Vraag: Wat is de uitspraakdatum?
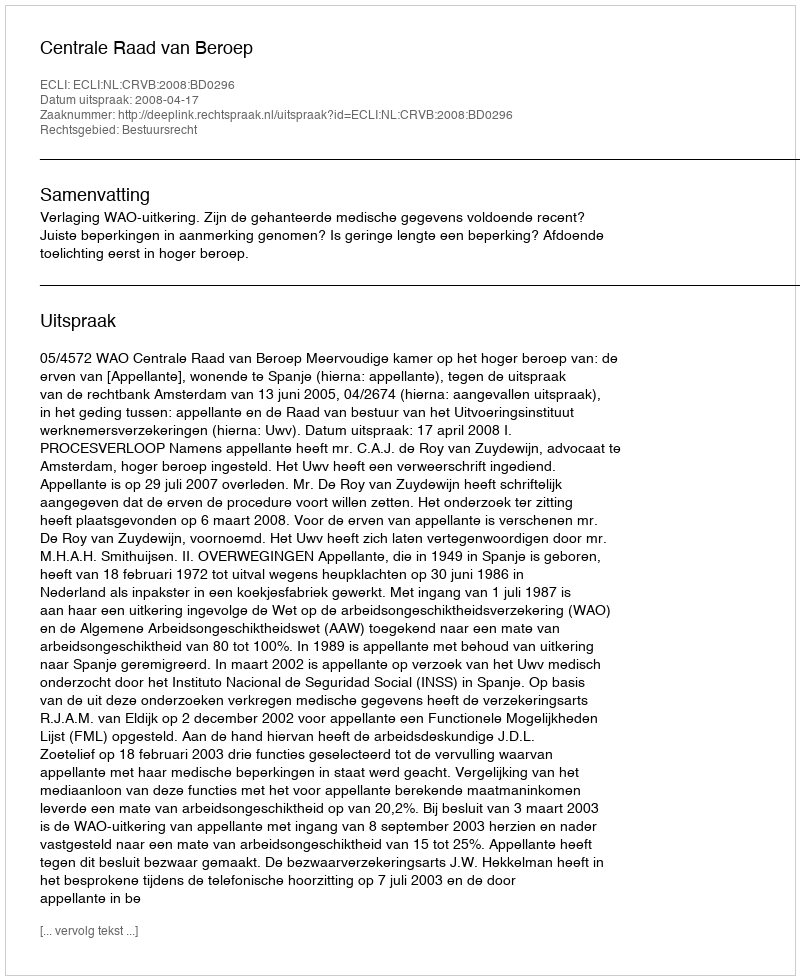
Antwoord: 2008-04-17